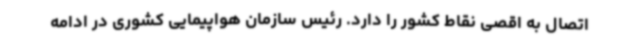
اتصال به اقصی نقاط کشور را دارد. رئیس سازمان هواپیمایی کشوری در ادامه